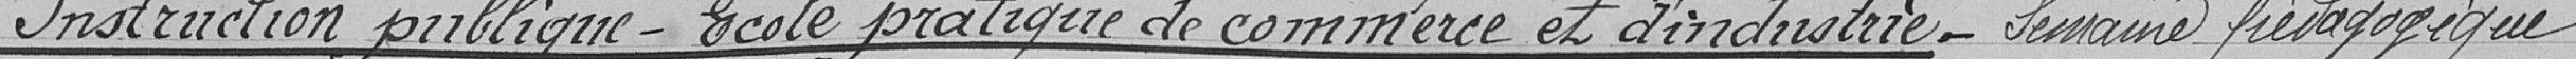
Instruction publique - École pratique de commerce et d'industrie - Semaine pédagogique